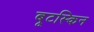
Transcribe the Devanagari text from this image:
बूटस्किन